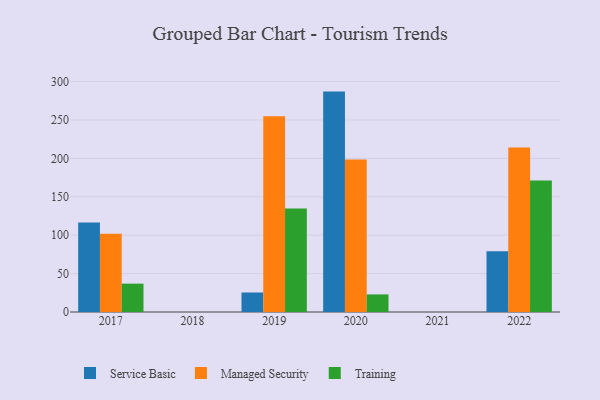
{"axis": {"x": "Year", "y": "Latency (ms)"}, "legend": ["Managed Security", "Service Basic", "Training"], "data": [{"x": "2017", "y": 116.7, "type": "Service Basic"}, {"x": "2017", "y": 101.8, "type": "Managed Security"}, {"x": "2017", "y": 36.9, "type": "Training"}, {"x": "2019", "y": 25.4, "type": "Service Basic"}, {"x": "2019", "y": 254.8, "type": "Managed Security"}, {"x": "2019", "y": 134.9, "type": "Training"}, {"x": "2020", "y": 287.0, "type": "Service Basic"}, {"x": "2020", "y": 198.6, "type": "Managed Security"}, {"x": "2020", "y": 22.9, "type": "Training"}, {"x": "2022", "y": 79.0, "type": "Service Basic"}, {"x": "2022", "y": 214.2, "type": "Managed Security"}, {"x": "2022", "y": 171.3, "type": "Training"}]}